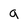
Character: a